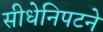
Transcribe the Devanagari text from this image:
सीधेनिपटने